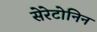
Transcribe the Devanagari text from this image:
सेरेटोनिन